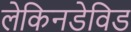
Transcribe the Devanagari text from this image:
लेकिनडेविड